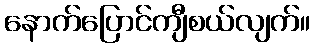
နောက်ပြောင်ကျီစယ်လျက်။